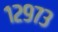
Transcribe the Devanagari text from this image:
१२९७३